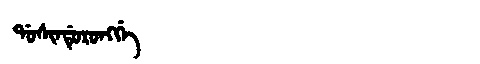
Manchu: ᡩᠣᠰᡳᠨᡩᡠᡵᠣᠩᡤᡝ
Romanization: DOSINDURONGGE